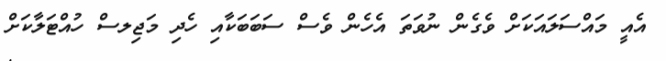
އެއީ މައްސަލައަކަށް ވެގެން ނުވަތަ އެހެން ވެސް ސަބަބަކާއި ހެދި މަޖިލސް ހުއްޓަލާކަށް